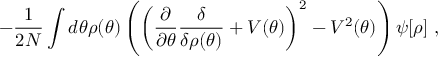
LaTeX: - \frac { 1 } { 2 N } \int d \theta \rho ( \theta ) \left( \left( \frac { \partial } { \partial \theta } \frac { \delta } { \delta \rho ( \theta ) } + { \cal V } ( \theta ) \right) ^ { 2 } - { \cal V } ^ { 2 } ( \theta ) \right) \psi [ \rho ] \; ,